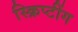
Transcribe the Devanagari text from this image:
स्क्रिप्टींग